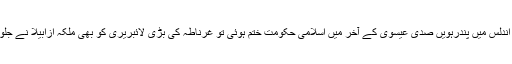
جب اندلس میں پندرہویں صدی عیسوی کے آخر میں اسلامی حکومت ختم ہوئی تو غرناطہ کی بڑی لائبریری کو بھی ملکہ ازابیلا نے جلوا دیا۔